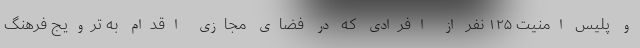
و پلیس امنیت ١٢۵ نفر از افرادی که در فضای مجازی اقدام به ترویج فرهنگ